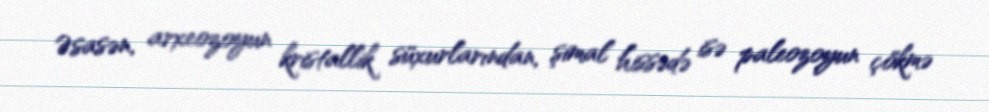
Əsasən, arxeozoyun kristallik süxurlarından, şimal hissədə isə paleozoyun çökmə